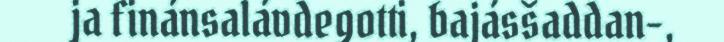
ja finánsalávdegotti, bajásšaddan-,